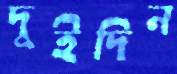
দুইদিন